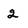
Character: 2